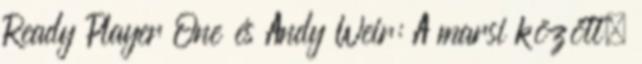
Ready Player One és Andy Weir: A marsi között.